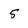
Character: 5